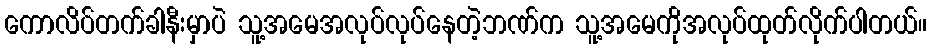
ကောလိပ်တက်ခါနီးမှာပဲ သူ့အမေအလုပ်လုပ်နေတဲ့ဘဏ်က သူ့အမေကိုအလုပ်ထုတ်လိုက်ပါတယ်။